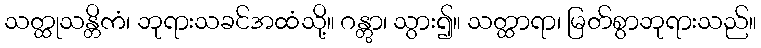
သတ္ထုသန္တိကံ၊ ဘုရားသခင်အထံသို့။ ဂန္တွာ၊ သွား၍။ သတ္ထာရာ၊ မြတ်စွာဘုရားသည်။